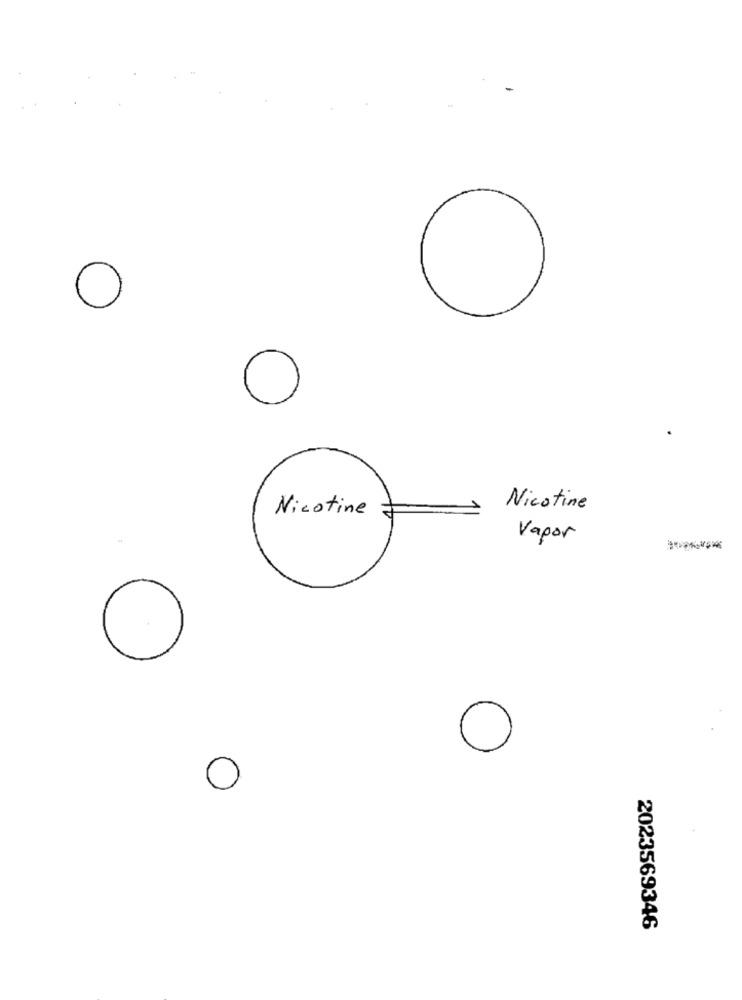
O
O
Nicotine
Vapor
O
O
2023569346